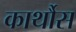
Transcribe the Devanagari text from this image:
कार्थौस